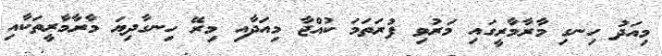
މިއަދު ހިނގި މާރާމާރީގައި މަރުވި ފުރަތަމަ ކުއްޖާ މިއަދާއި މިރޭ ހިނގާދިޔަ މާރާމާރީތަކާއި